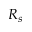
R _ { s }